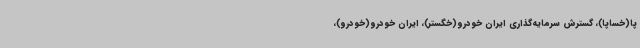
پا(خساپا)، گسترش سرمایه‌گذاری ایران خودرو(خگستر)، ایران خودرو(خودرو)،